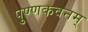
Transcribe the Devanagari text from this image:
पुण्णकवनम्